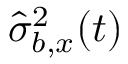
{ \hat { \sigma } _ { b , x } ^ { 2 } ( t ) }